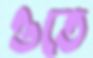
ওতে